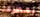
بمطرقة